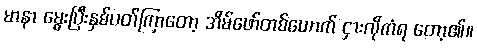
မာနာ မွေးပြီးနှစ်ပတ်ကြာတော့ အိမ်ဖော်တစ်ယောက် ငှားလိုကံရ တော့၏။